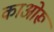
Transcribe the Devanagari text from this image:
काओरू